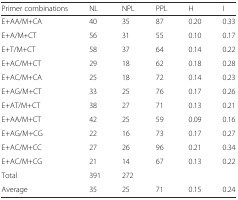
<table><thead><tr><td><b>Primer combinations</b></td><td><b>NL</b></td><td><b>NPL</b></td><td><b>PPL</b></td><td><b>H</b></td><td><b>I</b></td></tr></thead><tbody><tr><td>E+AA/M+CA</td><td>40</td><td>35</td><td>87</td><td>0.20</td><td>0.33</td></tr><tr><td>E+A/M+CT</td><td>56</td><td>31</td><td>55</td><td>0.10</td><td>0.17</td></tr><tr><td>E+T/M+CT</td><td>58</td><td>37</td><td>64</td><td>0.14</td><td>0.22</td></tr><tr><td>E+AC/M+CT</td><td>29</td><td>18</td><td>62</td><td>0.18</td><td>0.28</td></tr><tr><td>E+AC/M+CA</td><td>25</td><td>18</td><td>72</td><td>0.14</td><td>0.23</td></tr><tr><td>E+AG/M+CT</td><td>33</td><td>25</td><td>76</td><td>0.17</td><td>0.26</td></tr><tr><td>E+AT/M+CT</td><td>38</td><td>27</td><td>71</td><td>0.13</td><td>0.21</td></tr><tr><td>E+AA/M+CT</td><td>42</td><td>25</td><td>59</td><td>0.09</td><td>0.16</td></tr><tr><td>E+AG/M+CG</td><td>22</td><td>16</td><td>73</td><td>0.17</td><td>0.27</td></tr><tr><td>E+AC/M+CC</td><td>27</td><td>26</td><td>96</td><td>0.21</td><td>0.34</td></tr><tr><td>E+AC/M+CG</td><td>21</td><td>14</td><td>67</td><td>0.13</td><td>0.22</td></tr><tr><td>Total</td><td>391</td><td>272</td><td></td><td></td><td></td></tr><tr><td>Average</td><td>35</td><td>25</td><td>71</td><td>0.15</td><td>0.24</td></tr></tbody></table>